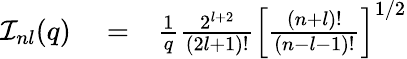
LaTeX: \begin{array}{rlr}{{\cal I}_{nl}(q)}&{{}=}&{\frac{1}{q}\frac{2^{l+2}}{(2l+1)!}\left[\frac{(n+l)!}{(n-l-1)!}\right]^{1/2}}\end{array}